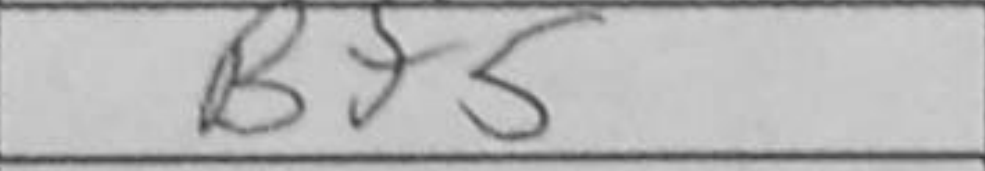
Transcription: Bf5